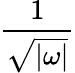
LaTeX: \frac{1}{\sqrt{|\omega|}}